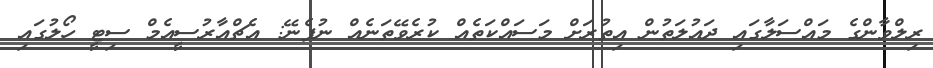
ރިލްވާންގެ މައްސަލާގައި ދައުލަތުން އިތުރަށް މަސައްކަތެއް ކުރެވޭތަނެއް ނުފެނޭ: އެޗްއާރުސީއެމް ސިޓީ ހޯލުގައި